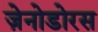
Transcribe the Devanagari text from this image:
ज़ेनोडोरस